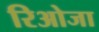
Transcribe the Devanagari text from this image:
रिओजा